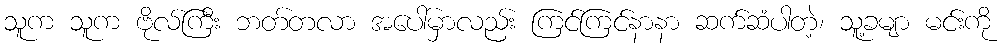
သူက သူက ဗိုလ်ကြီး ဘတ်တလာ အပေါ်မှာလည်း ကြင်ကြင်နာနာ ဆက်ဆံပါတဲ့၊ သူ့ခမျာ မင်းကို